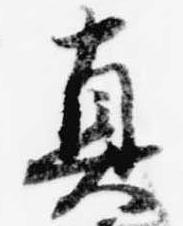
真